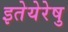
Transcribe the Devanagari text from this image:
इतेयेरेषु